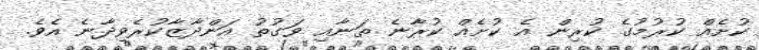
ކުށެއް ކުރުމުގެ ކުރިން އެ ކުށެއް ކުރާނެ ތަނާއި ވަގުތު އަންދާޒާކުރެވިދާނެ އެވެ.